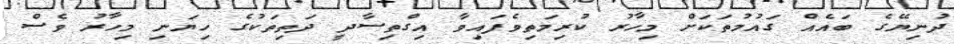
ދުނިޔޭގެ ބައެއް ގައުމުތަކަށް މިހާރު ކުރިމަތިވެފައިވާ އިގްތިސާދީ ދަތިތަކުގެ ހިޔަނި މިހާރު ވެސް